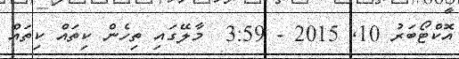
އޮކްޓޯބަރު 10